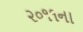
૨૦૧૧ના